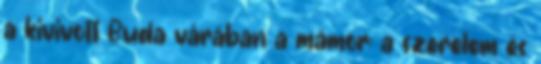
a kivivott Buda várában a mámor: a szerelem és